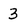
Character: 3